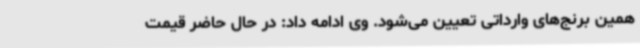
همین برنج‌های وارداتی تعیین می‌شود. وی ادامه ‌داد: در حال حاضر قیمت